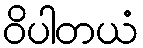
ဝိပါတယံ